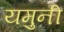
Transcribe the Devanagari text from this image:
यमुनी